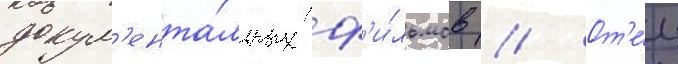
докум'ента́льных ф'и́льмов // От'е́ц